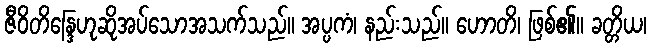
ဇီဝိတိန္ဒြေဟုဆိုအပ်သောအသက်သည်။ အပ္ပကံ၊ နည်းသည်။ ဟောတိ၊ ဖြစ်၏။ ခတ္တိယ၊